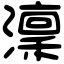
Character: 澟